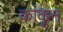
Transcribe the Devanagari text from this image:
कांकून